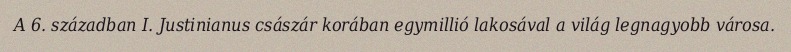
A 6. században I. Justinianus császár korában egymillió lakosával a világ legnagyobb városa.